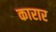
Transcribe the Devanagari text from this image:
कारार